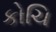
કોચિ